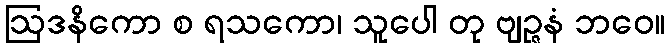
ဩဒနိကော စ ရသကော၊ သူပေါ တု ဗျဉ္ဇနံ ဘဝေ။